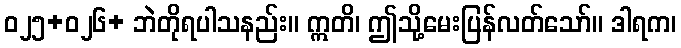
ဝ၂၅+ဝ၂၆+ ဘဲတိုရပါသနည်း။ ဣတိ၊ ဤသို့မေးပြန်လတ်သော်။ ဒါရက၊